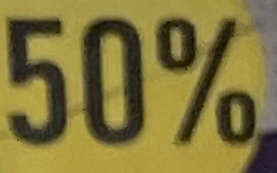
50%